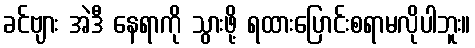
ခင်ဗျား အဲဒီ နေရာကို သွားဖို့ ရထားပြောင်းစရာမလိုပါဘူး။